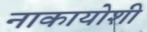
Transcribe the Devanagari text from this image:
नाकायोशी